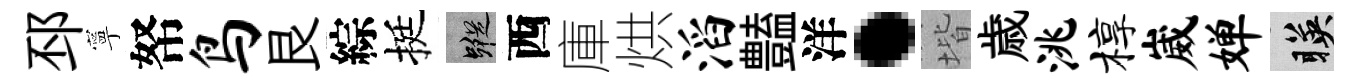
邳寧帑鸟艮綜挺蹤西庫烘滔𧰟洋·堦歳洮椁崴婵暎